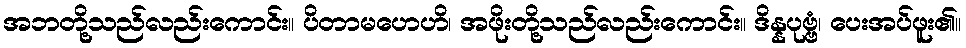
အဘတို့သည်လည်းကောင်း။ ပိတာမဟေဟိ၊ အဖိုးတို့သည်လည်းကောင်း။ ဒိန္နပုဗ္ဗံ၊ ပေးအပ်ဖူး၏။